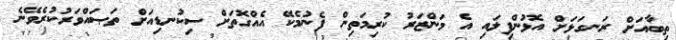
ތިބާއަށް ރަނގަޅަށް އޮޅުންފިލައި އެ މަންޒަރު ކުރިމަތިން ފެނުމެކޭ އެއްގޮތަށް ސިކުނޑިއަށް ތަޞައްވަރުކުރެވޭނެ